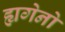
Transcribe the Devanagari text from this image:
ह्यगेनो